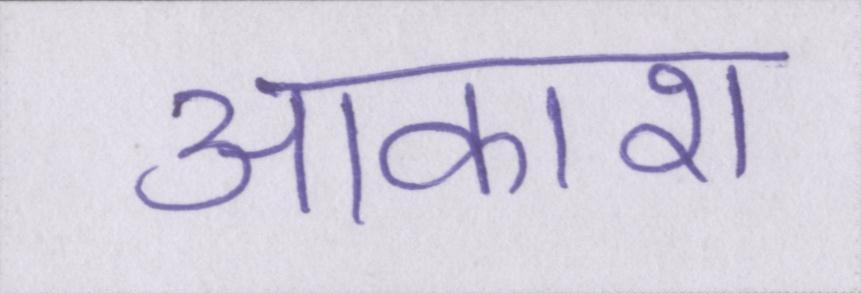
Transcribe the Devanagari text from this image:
आकाश